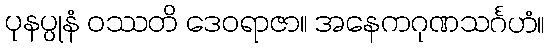
ပုနပ္ပုနံ ဝဿတိ ဒေဝရာဇာ။ အနေကဂုဏသင်္ဂဟံ။